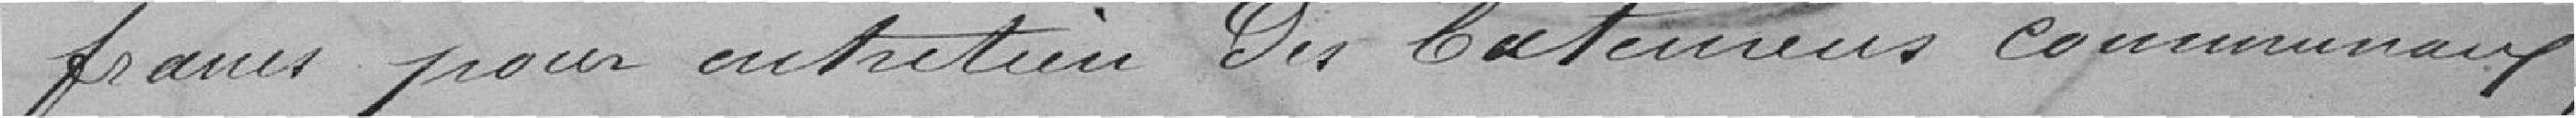
francs pour entretien des bâtiments communaux,